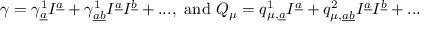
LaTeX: \gamma = \gamma _ { \underline { { { a } } } } ^ { 1 } I ^ { \underline { { { a } } } } + \gamma _ { \underline { { { a } } } \underline { { { b } } } } ^ { 1 } I ^ { \underline { { { a } } } } I ^ { \underline { { { b } } } } + . . . , \mathrm { ~ a n d ~ } Q _ { \mu } = q _ { \mu , \underline { { { a } } } } ^ { 1 } I ^ { \underline { { { a } } } } + q _ { \mu , \underline { { { a } } } \underline { { { b } } } } ^ { 2 } I ^ { \underline { { { a } } } } I ^ { \underline { { { b } } } } + . . .